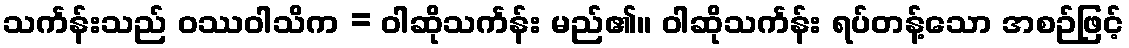
သင်္ကန်းသည် ဝဿဝါသိက = ဝါဆိုသင်္ကန်း မည်၏။ ဝါဆိုသင်္ကန်း ရပ်တန့်သော အစဉ်ဖြင့်